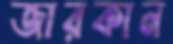
জারকান